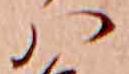
ハ